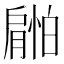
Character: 𰯜